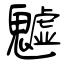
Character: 魖